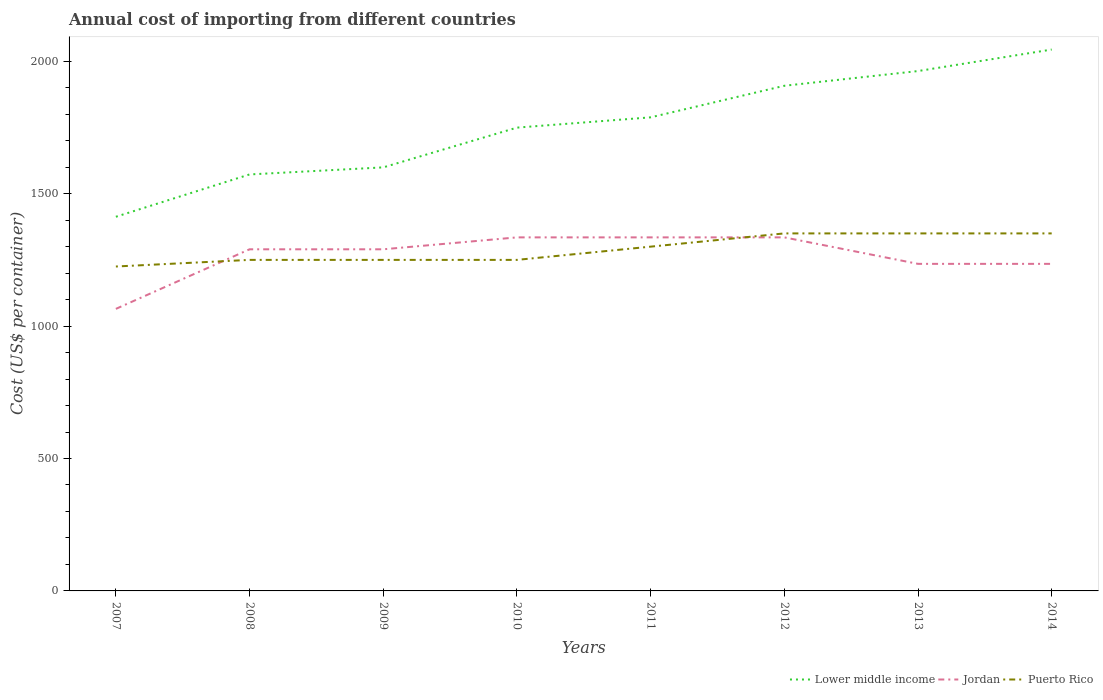
| Years | Lower middle income | Jordan | Puerto Rico |
 | --- | --- | --- | --- |
 | 2007 | 1.41e+03 | 1.06e+03 | 1.22e+03 |
 | 2008 | 1.57e+03 | 1.29e+03 | 1.25e+03 |
 | 2009 | 1.6e+03 | 1.29e+03 | 1.25e+03 |
 | 2010 | 1.75e+03 | 1.34e+03 | 1.25e+03 |
 | 2011 | 1.79e+03 | 1.34e+03 | 1.3e+03 |
 | 2012 | 1.91e+03 | 1.34e+03 | 1.35e+03 |
 | 2013 | 1.96e+03 | 1.24e+03 | 1.35e+03 |
 | 2014 | 2.04e+03 | 1.24e+03 | 1.35e+03 |